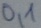
Text: 0,1